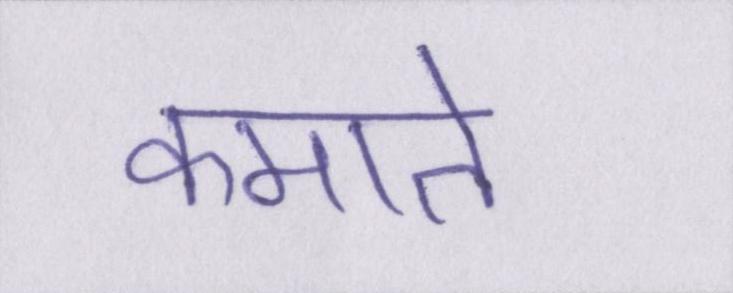
कमाते